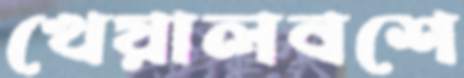
খেয়ালবশে